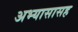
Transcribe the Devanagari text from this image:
अभ्यासासह